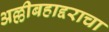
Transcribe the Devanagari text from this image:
अल्लीबहाद्दराचा